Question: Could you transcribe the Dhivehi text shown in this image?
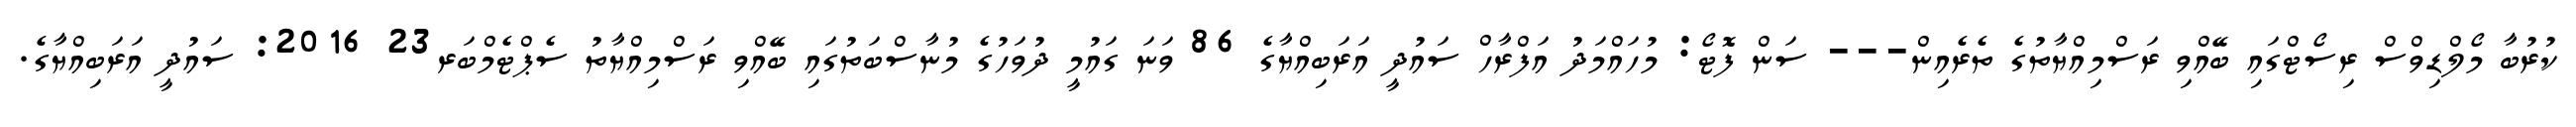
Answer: ކުރުބާ މޯލްޑިވްސް ރިސޯޓްގައި ބޭއްވި ރަސްމިއްޔާތުގެ ތެރެއިން--- ސަން ފޮޓޯ: މުހައްމަދު އަފްރާހް ސައުދީ އަރަބިއްޔާގެ 86 ވަނަ ގައުމީ ދުވަހުގެ މުނާސްބަތުގައި ބޭއްވި ރަސްމިއްޔާތު ސެޕްޓެމްބަރ23 2016: ސައުދީ އަރަބިއްޔާގެ.